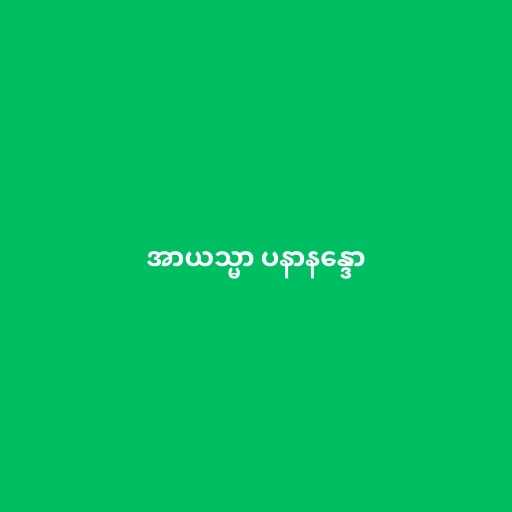
အာယသ္မာ ပနာနန္ဒော